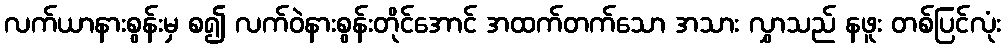
လက်ယာနားစွန်းမှ စ၍ လက်ဝဲနားစွန်းတိုင်အောင် အထက်တက်သော အသား လွှာသည် နဖူး တစ်ပြင်လုံး